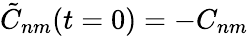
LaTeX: \tilde{C}_{nm}(t=0)=-C_{nm}